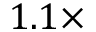
1 . 1 \times